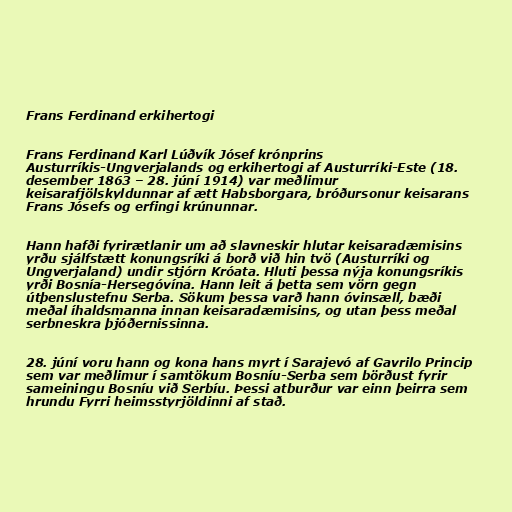
Frans Ferdinand erkihertogi

Frans Ferdinand Karl Lúðvík Jósef krónprins
Austurríkis-Ungverjalands og erkihertogi af Austurríki-Este (18.
desember 1863 – 28. júní 1914) var meðlimur
keisarafjölskyldunnar af ætt Habsborgara, bróðursonur keisarans
Frans Jósefs og erfingi krúnunnar.

Hann hafði fyrirætlanir um að slavneskir hlutar keisaradæmisins
yrðu sjálfstætt konungsríki á borð við hin tvö (Austurríki og
Ungverjaland) undir stjórn Króata. Hluti þessa nýja konungsríkis
yrði Bosnía-Hersegóvína. Hann leit á þetta sem vörn gegn
útþenslustefnu Serba. Sökum þessa varð hann óvinsæll, bæði
meðal íhaldsmanna innan keisaradæmisins, og utan þess meðal
serbneskra þjóðernissinna.

28. júní voru hann og kona hans myrt í Sarajevó af Gavrilo Princip
sem var meðlimur í samtökum Bosníu-Serba sem börðust fyrir
sameiningu Bosníu við Serbíu. Þessi atburður var einn þeirra sem
hrundu Fyrri heimsstyrjöldinni af stað.